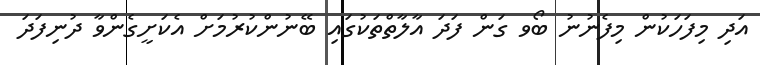
އަދި މިފަހަކުން މިފެނުނު ބޯވ ގަން ފަދަ އާލާތްތަކުގައި ބޭނުންކުރުމަށް އެކަށީގެންވާ ދުނިފަދަ